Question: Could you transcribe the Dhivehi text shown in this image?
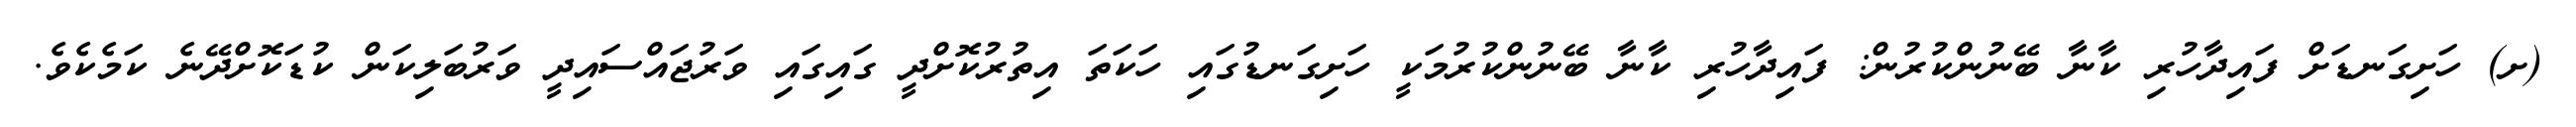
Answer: (ށ) ހަށިގަނޑަށް ފައިދާހުރި ކާނާ ބޭނުންކުރުން: ފައިދާހުރި ކާނާ ބޭނުންކުރުމަކީ ހަށިގަނޑުގައި ހަކަތަ އިތުރުކޮށްދީ ގައިގައި ވަރުޖައްސައިދީ ވަރުބަލިކަން ކުޑަކޮށްދޭނެ ކަމެކެވެ.